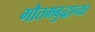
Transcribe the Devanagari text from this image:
गौतमबुद्धाच्या